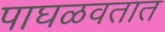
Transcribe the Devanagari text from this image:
पाघळवतात